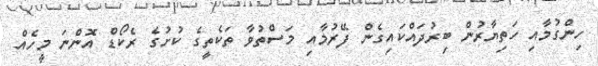
ހިންގުމާއި ހަތިޔާރުން ބިރުދައްކައިގެން ފޭރުމާއި މަސްތުވާ ތަކެތީގެ ކުށުގެ ރެކޯޑް އޮންނަ މީހެއް